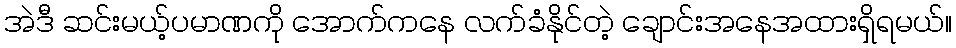
အဲဒီ ဆင်းမယ့်ပမာဏကို အောက်ကနေ လက်ခံနိုင်တဲ့ ချောင်းအနေအထားရှိရမယ်။